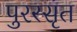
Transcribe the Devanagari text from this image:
पुरस्सृत